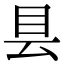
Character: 县